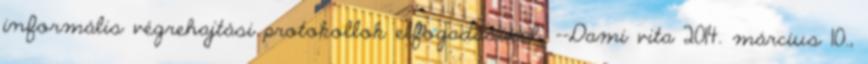
informális végrehajtási protokollok elfogadásával. --Dami vita 2014. március 10.,